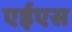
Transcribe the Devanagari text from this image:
एईएस